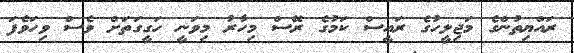
ރައްޔިތުންގެ މަޖިލީހުގެ ރައީސް ކަމުގެ ރޭސް މިހާރު މިވަނީ ހަގީގަތަށް ވެސް ވިހަވެފަ